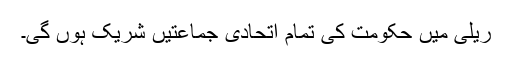
ریلی میں حکومت کی تمام اتحادی جماعتیں شریک ہوں گی۔